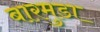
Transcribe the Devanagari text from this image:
बारमुडा